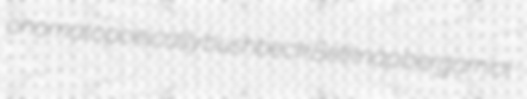
onomatopoeically bushbeck Belknap bergamiol